Annual administration report of the Civil Veterinary Department of India - 1899-1900
Year: 1899
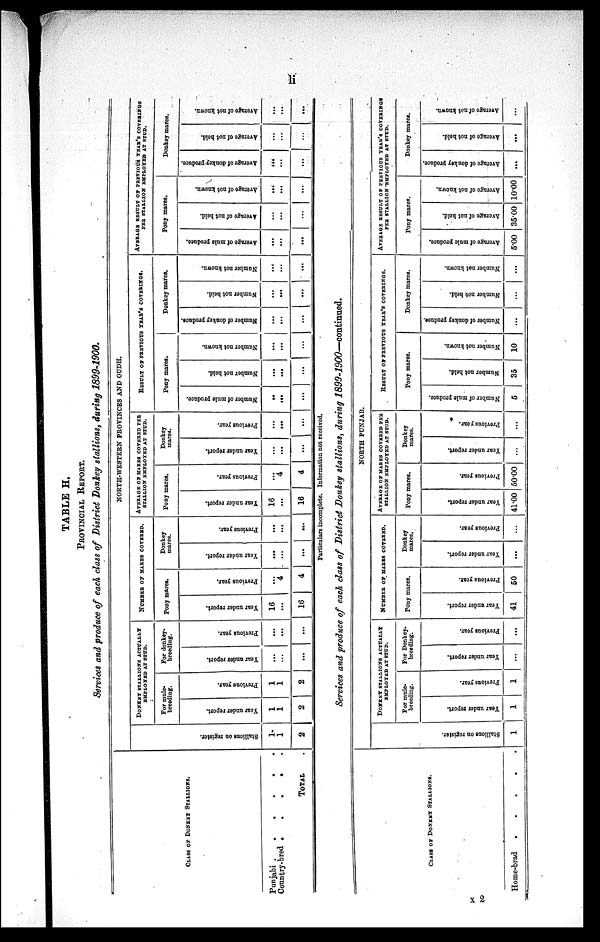
li
TABLE H.
PROVINCIAL REPORT.
Services and produce of each class of District Donkey stallions, during 1899-1900.
CLASS OF DONKEY STALLIONS.
Punjabi .
.
.
.
.
.
Country-bred
.
. . . .
TOTAL .
NORTH-WESTERN PROVINCES AND OUDH.
Stallions on register.
1
1
2
DONKEY STALLIONS ACTUALLY
EMPLOYED AT STUD.
For mule-
breeding.
Year under report.
1
1
2
Previous year.
1
1
2
For donkey-
breeding.
Year under report.
...
...
...
Previous year.
...
...
...
NUMBER OF MARES COVERED.
Pony mares.
Year under report.
16
...
16
Previous year.
...
4
4
Donkey
mares.
Year under report.
...
...
...
Previous year.
...
...
...
AVERAGE OF MARES COVERED PER
STALLION EMPLOYED AT STUD.
Pony mares.
Year under report.
16
...
16
Previous year.
...
4
4
Donkey
mares.
Year under report.
...
...
...
Previous year.
...
...
...
RESULT OF PREVIOUS YEAR'S COVERINGS.
Pony mares.
Number of mule produce.
...
...
......
Number not hold.
...
...
...
Number not known.
...
...
...
Donkey mares.
Number of donkey produce.
...
...
...
Number not held.
...
...
...
Number not known.
...
...
...
AVERAGE RESULT OF PREVIOUS YEAE'S COVERINGS
PER STALLION EMPLOYED AT STUD.
Pony mares.
Average of mule produce.
...
...
...
Average of not held.
...
...
...
Average
of not known.
...
...
...
Donkey mares.
Average
of donkey produce.
...
...
...
Average of not held.
...
...
...
Average of not known.
...
...
...
Particulars incomplete. Information not received.
Services and produce of each class of District Donkey stallions, during
1899-1900—continued.
CLASS OF DONKEY STALLIONS.
Home-brad
.
.
.
.
.
NORTH PUNJAB.
Stallions on register.
1
DONKEY
STALLIONS ACTUALLY
EMPLOYED AT STUD.
For mule-
breeding.
Year under report.
1
Previous year.
1
For Donkey-
breeding.
Year under report.
...
Previous year.
...
NUMBER OF MARES COVERED.
Pony mares.
Year under report.
41
Previous year.
50
Donkey
mares.
Year under report.
...
Previous year.
...
AVERAGE OF MARES COVERED PER
STALLION EMPLOYED AT STUD.
Pony mares.
Year under report.
41.00
Previous year.
50.00
Donkey
mares.
Year under report.
...
Previous year.
...
RESULT OF PREVIOUS YEAR'S COVERINGS.
Pony mares.
Number of mule produce.
5
Number
not held.
35
Number not known.
10
Donkey mares.
Number of donkey produce.
...
Number
not held.
...
Number
not known.
...
AVERAGE RESULT OF PREVIOUS YEAR'S COVERINGS
PER STALLION EMPLOYED AT STUD.
Pony mares.
Average
of mule produce.
5.00
Average
of not hold.
35.00
Average
of not known.
10.00
Donkey mares.
Average
of donkey produce.
...
Average
of not held.
...
Average of not known.
...
x 2